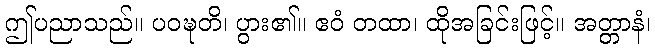
ဤပညာသည်။ ပဝဍ္ဎတိ၊ ပွား၏။ ဧဝံ တထာ၊ ထိုအခြင်းဖြင့်။ အတ္တာနံ၊